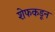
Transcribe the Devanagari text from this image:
शेफकडून